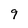
Character: 9